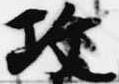
攻